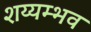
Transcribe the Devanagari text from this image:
शय्यम्भव